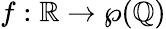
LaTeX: f:\mathbb{R}\to\wp(\mathbb{Q})